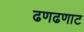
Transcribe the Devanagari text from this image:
ढणढणाट